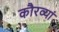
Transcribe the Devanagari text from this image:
कौरव्यां